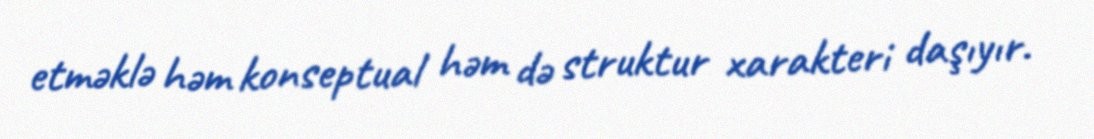
etməklə həm konseptual həm də struktur xarakteri daşıyır.